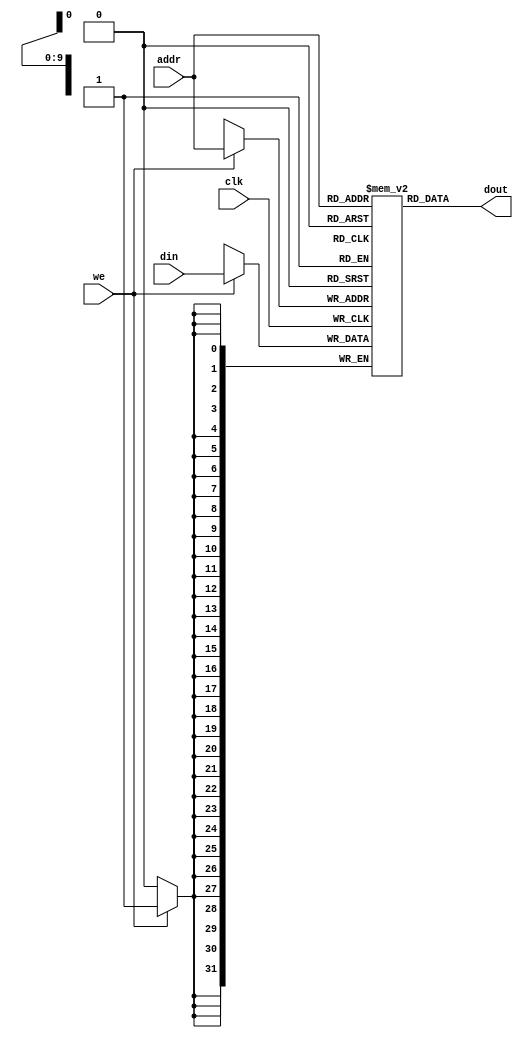
module ram(
    input wire clk,
    input wire we,
    input wire [9:0] addr,
    input wire [31:0] din,
    output wire [31:0] dout);

    reg [31:0] mm[1023:0];
    assign dout=mm[addr];
    
    always@(posedge clk)
        if(we)
            begin
                mm[addr]<=din;
            end
endmodule